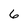
Character: 6